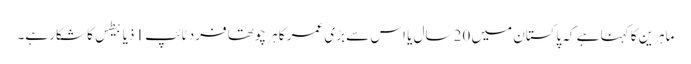
ماہرین کا کہنا ہے کہ پاکستان میں 20 سال یا اس سے بڑی عمر کا ہر چوتھا فرد ٹائپ 1 ذیابیطس کا شکار ہے۔